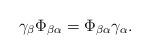
LaTeX: \begin{align*}\gamma_{\beta} \Phi_{\beta \alpha}=\Phi_{\beta \alpha} \gamma_{\alpha}.\end{align*}